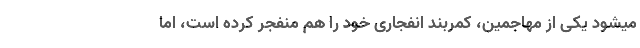
میشود یکی از مهاجمین، کمربند انفجاری خود را هم منفجر کرده است، اما